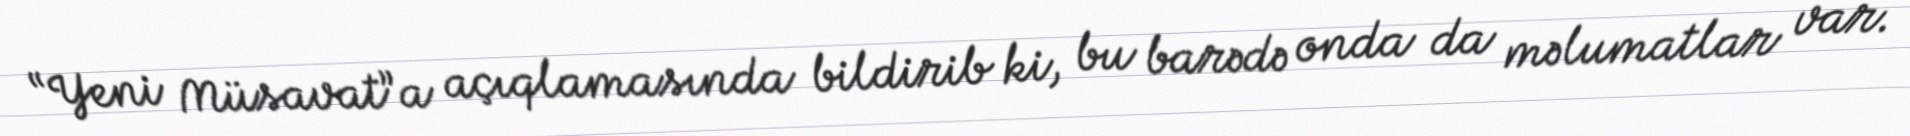
“Yeni Müsavat”a açıqlamasında bildirib ki, bu barədə onda da məlumatlar var.